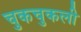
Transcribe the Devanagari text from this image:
चुकचुकली